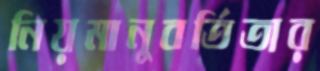
নিয়মানুবর্তিতার